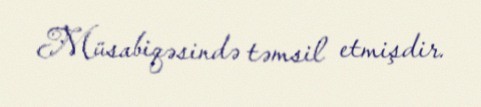
Müsabiqəsində təmsil etmişdir.